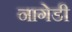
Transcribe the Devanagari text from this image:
नागेडी